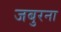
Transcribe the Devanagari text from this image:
जबुरना